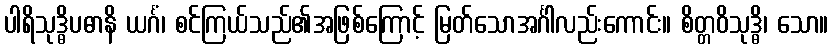
ပါရိသုဒ္ဓိပဓာနိ ယင်္ဂံ၊ စင်ကြယ်သည်၏အဖြစ်ကြောင့် မြတ်သောအင်္ဂါလည်းကောင်း။ စိတ္တဝိသုဒ္ဓိ၊ သော။